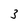
Character: 3